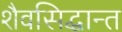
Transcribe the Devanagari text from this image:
शैवसिद्धान्त